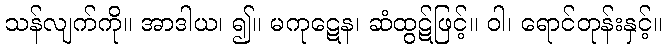
သန်လျက်ကို။ အာဒါယ၊ ၍။ မကုဋေန၊ ဆံထွဋ်ဖြင့်။ ဝါ၊ ရောင်တုန်းနှင့်။